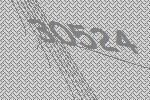
30524